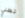
تظني